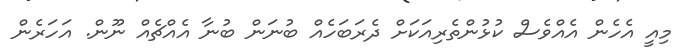
މިއީ އެހެން އެއްވެސް ކުޅުންތެރިއަކަށް ދެރަބަހެއް ބުނަން ބުނާ އެއްޗެއް ނޫން. އަހަރެން